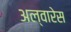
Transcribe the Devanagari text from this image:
अल्वारेस